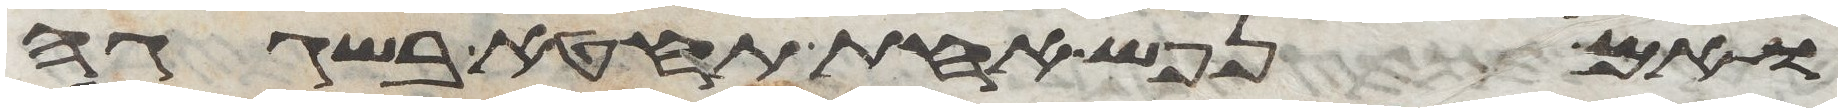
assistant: ואם נפש אחת תחטא בשגגה